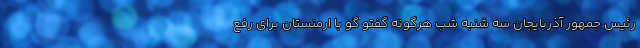
رئیس جمهور آذربایجان سه شنبه شب هرگونه گفتو گو با ارمنستان برای رفع